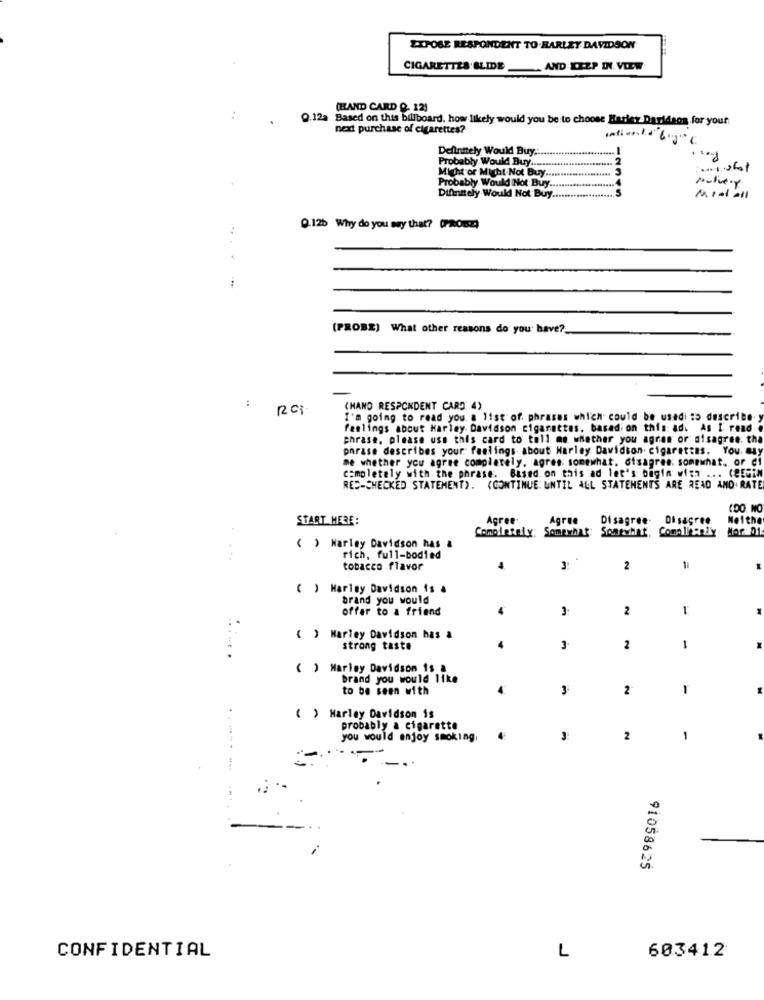
EXPOSE RESPONDENT TO.HARLEY DAVIDSON
CIGARETTES BLIDE . AND KEEP IN VIEW
(HAND CARD Q. 12)
9.12a Based on this billboard. how likely would you be to choose Harler Darideos for your
next purchase of cigarettes?
Intinta"""
Definitely Would Buy.
2
Probably Would Buy .................
.. 1.sht
Might or Might Not Buy ............
Probably Would Not Buy ..........
Mulvey
Difinitely Would Not Buy .........
0.12b Why do you say that? (PaOm!)
(PROBE) What other reasons do you have ?.
:
RCI
CHAND RESPONDENT CARD 4)
I'm going to read you a list of. phrases which could be usedi to describe-)
feelings about Harley Davidson cigarettes, based on this ad. As I read o
phrase, please use this card to tell me whether you agran or disagree: tha
phrase describes your feelings about Harley Davidson cigarettes. You. may
me whether you agree completely, agres: somewhat. disagree: somewhat. or ci
completely with the phrase. Based on this ad let's: bagin with ... (REGin
RED-CHECKED STATEMENT). (CONTINUE UNTIL ALL STATEMENTS ARE READ AND RATE
(DO NO
START HERE:
Agree
Agree
Disagree.
Disagree.
Heithe
Completely: Somewhat: Somewhat,
Mor: 01
( ) Harley Davidson has &
rich, full-bodied
tobacco flavor
31
2
( ) Harley Davidson 1s &
brand you would
offer to a friend
3
2
-
( ) Harley Davidson has &
strong taste
3
2
1
( ) Harley Davidson 1s a
brand you would like
to be seen with
3
2
1
( ) Harley Davidson is
probably a cigarette
you would enjoy smoking
3
2
1
91058625
CONFIDENTIAL
L
603412